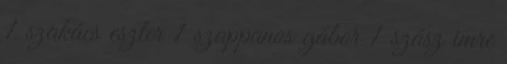
1 szakács eszter 1 szappanos gábor 1 szász imre